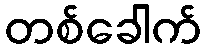
တစ်ခေါက်